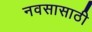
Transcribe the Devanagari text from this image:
नवसासाठी